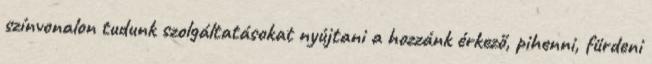
színvonalon tudunk szolgáltatásokat nyújtani a hozzánk érkező, pihenni, fürdeni